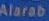
Alarab